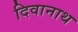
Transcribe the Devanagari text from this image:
दिवानाथ